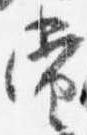
当